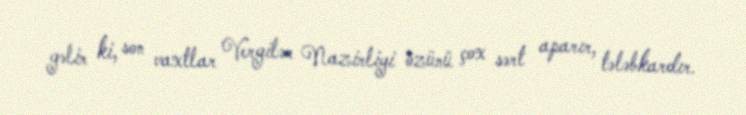
gəlir ki, son vaxtlar Vergilər Nazirliyi özünü çox sərt aparır, tələbkardır.